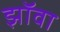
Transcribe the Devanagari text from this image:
झॉवा